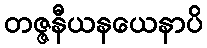
တဇ္ဇနီယနယေနာပိ